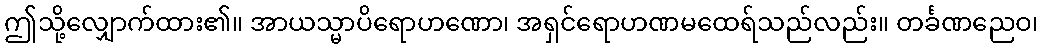
ဤသို့လျှောက်ထား၏။ အာယသ္မာပိရောဟဏော၊ အရှင်ရောဟဏမထေရ်သည်လည်း။ တင်္ခဏညေဝ၊